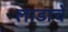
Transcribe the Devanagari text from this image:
लाडाचे